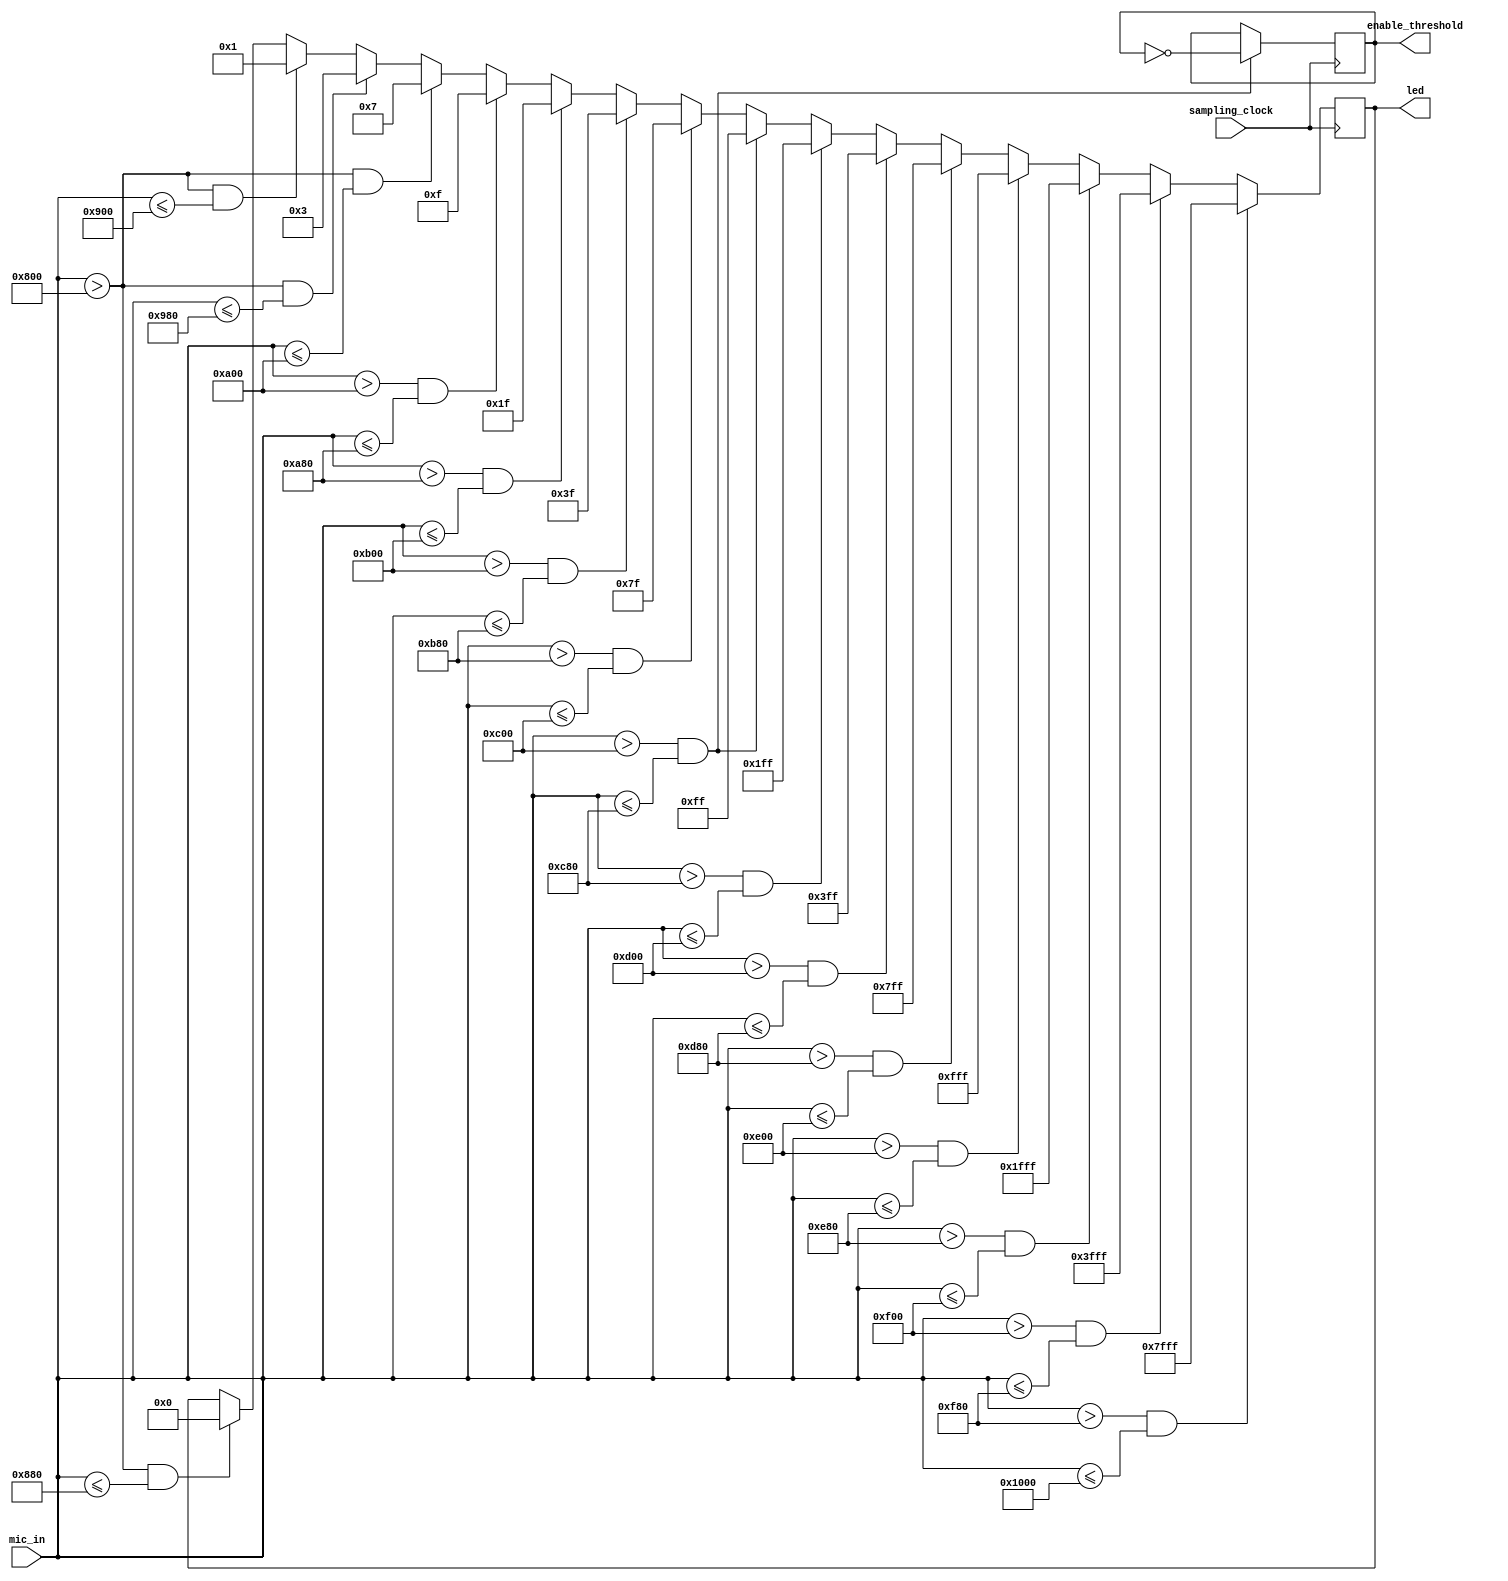
`timescale 1ns / 1ps
//////////////////////////////////////////////////////////////////////////////////
// Company: 
// Engineer: 
// 
// Design Name: 
// Module Name: mic_volume_led
// Project Name: 
// Target Devices: 
// Tool Versions: 
// Description: 
// 
// Dependencies: 
// 
// Revision:
// Revision 0.01 - File Created
// Additional Comments:
// 
//////////////////////////////////////////////////////////////////////////////////


module mic_volume_led(input sampling_clock, input [11:0] mic_in, output reg [15:0] led = 0, output reg enable_threshold = 0);

 always @ (posedge sampling_clock)
   begin
       if (mic_in > 2048 && mic_in <= 2176) 
       led <= 16'b0000_0000_0000_0000;
       if (mic_in > 2048 && mic_in <= 2304) 
       led <= 16'b0000_0000_0000_0001;
       if (mic_in > 2048 && mic_in <= 2432) 
       led <= 16'b0000_0000_0000_0011;
       if (mic_in > 2048 && mic_in <= 2560) 
       led <= 16'b0000_0000_0000_0111;
       if (mic_in > 2560 && mic_in <= 2688) 
       led <= 16'b0000_0000_0000_1111;
       if (mic_in > 2688 && mic_in <= 2816) 
       led <= 16'b0000_0000_0001_1111;
       if (mic_in > 2816 && mic_in <= 2944) 
       led <= 16'b0000_0000_0011_1111;
       if (mic_in > 2944 && mic_in <= 3072) 
       led <= 16'b0000_0000_0111_1111;
       if (mic_in > 3072 && mic_in <= 3200) begin
       led <= 16'b0000_0000_1111_1111; enable_threshold <= !enable_threshold; end
       if (mic_in > 3200 && mic_in <= 3328) 
       led <= 16'b0000_0001_1111_1111;
       if (mic_in > 3328 && mic_in <= 3456) 
       led <= 16'b0000_0011_1111_1111;
       if (mic_in > 3456 && mic_in <= 3584) 
       led <= 16'b0000_0111_1111_1111;
       if (mic_in > 3584 && mic_in <= 3712) 
       led <= 16'b0000_1111_1111_1111;
       if (mic_in > 3712 && mic_in <= 3840) 
       led <= 16'b0001_1111_1111_1111;
       if (mic_in > 3840 && mic_in <= 3968) 
       led <= 16'b0011_1111_1111_1111;
       if (mic_in > 3968 && mic_in <= 4096) 
       led <= 16'b0111_1111_1111_1111;
       end

endmodule